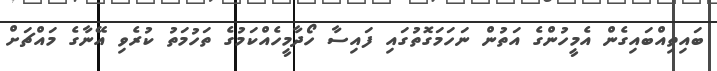
ބައިތިއްބައިގެން އެމީހުންގެ އަތުން ނަހަމަގޮތުގައި ފައިސާ ހޯދާމީހެއްކަމުގެ ތަހުމަތު ކުރެވި އޭނާގެ މައްޗަށް